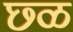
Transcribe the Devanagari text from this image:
छ्ळ